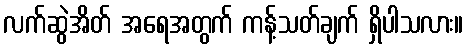
လက်ဆွဲအိတ် အရေအတွက် ကန့်သတ်ချက် ရှိပါသလား။